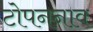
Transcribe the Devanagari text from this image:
टोपननाव